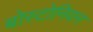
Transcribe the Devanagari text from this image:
बोस्टोनियन